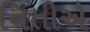
નિતીએ